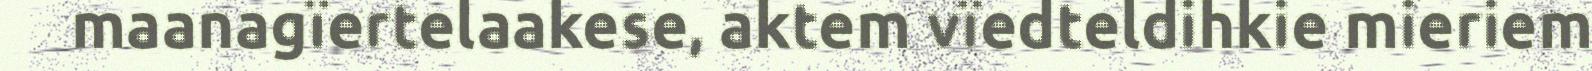
maanagïertelaakese, aktem vïedteldihkie mieriem